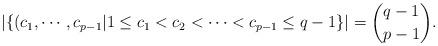
LaTeX: \begin{align*}|\{(c_1, \cdots, c_{p-1}|1 \leq c_1 < c_2 < \cdots <c_{p-1} \leq q-1 \}| =\binom{q-1}{p-1}.\end{align*}